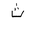
Letter: _tha